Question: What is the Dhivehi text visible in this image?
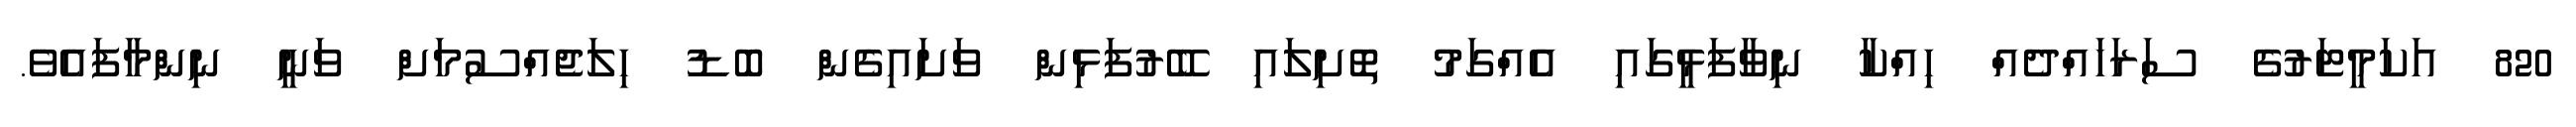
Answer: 820 އަކަމީޓަރުގެ ސަރަހައްދެއް ހިއްކާ ނިވާފަޅީގައި އެއްގަމު ތޮށިލައި ބޭރުފަޅިން ވަށައިގެން ބޮޑު ހިލަޖެއްސުމަށް ވަނީ ނިންމާފައެވެ.